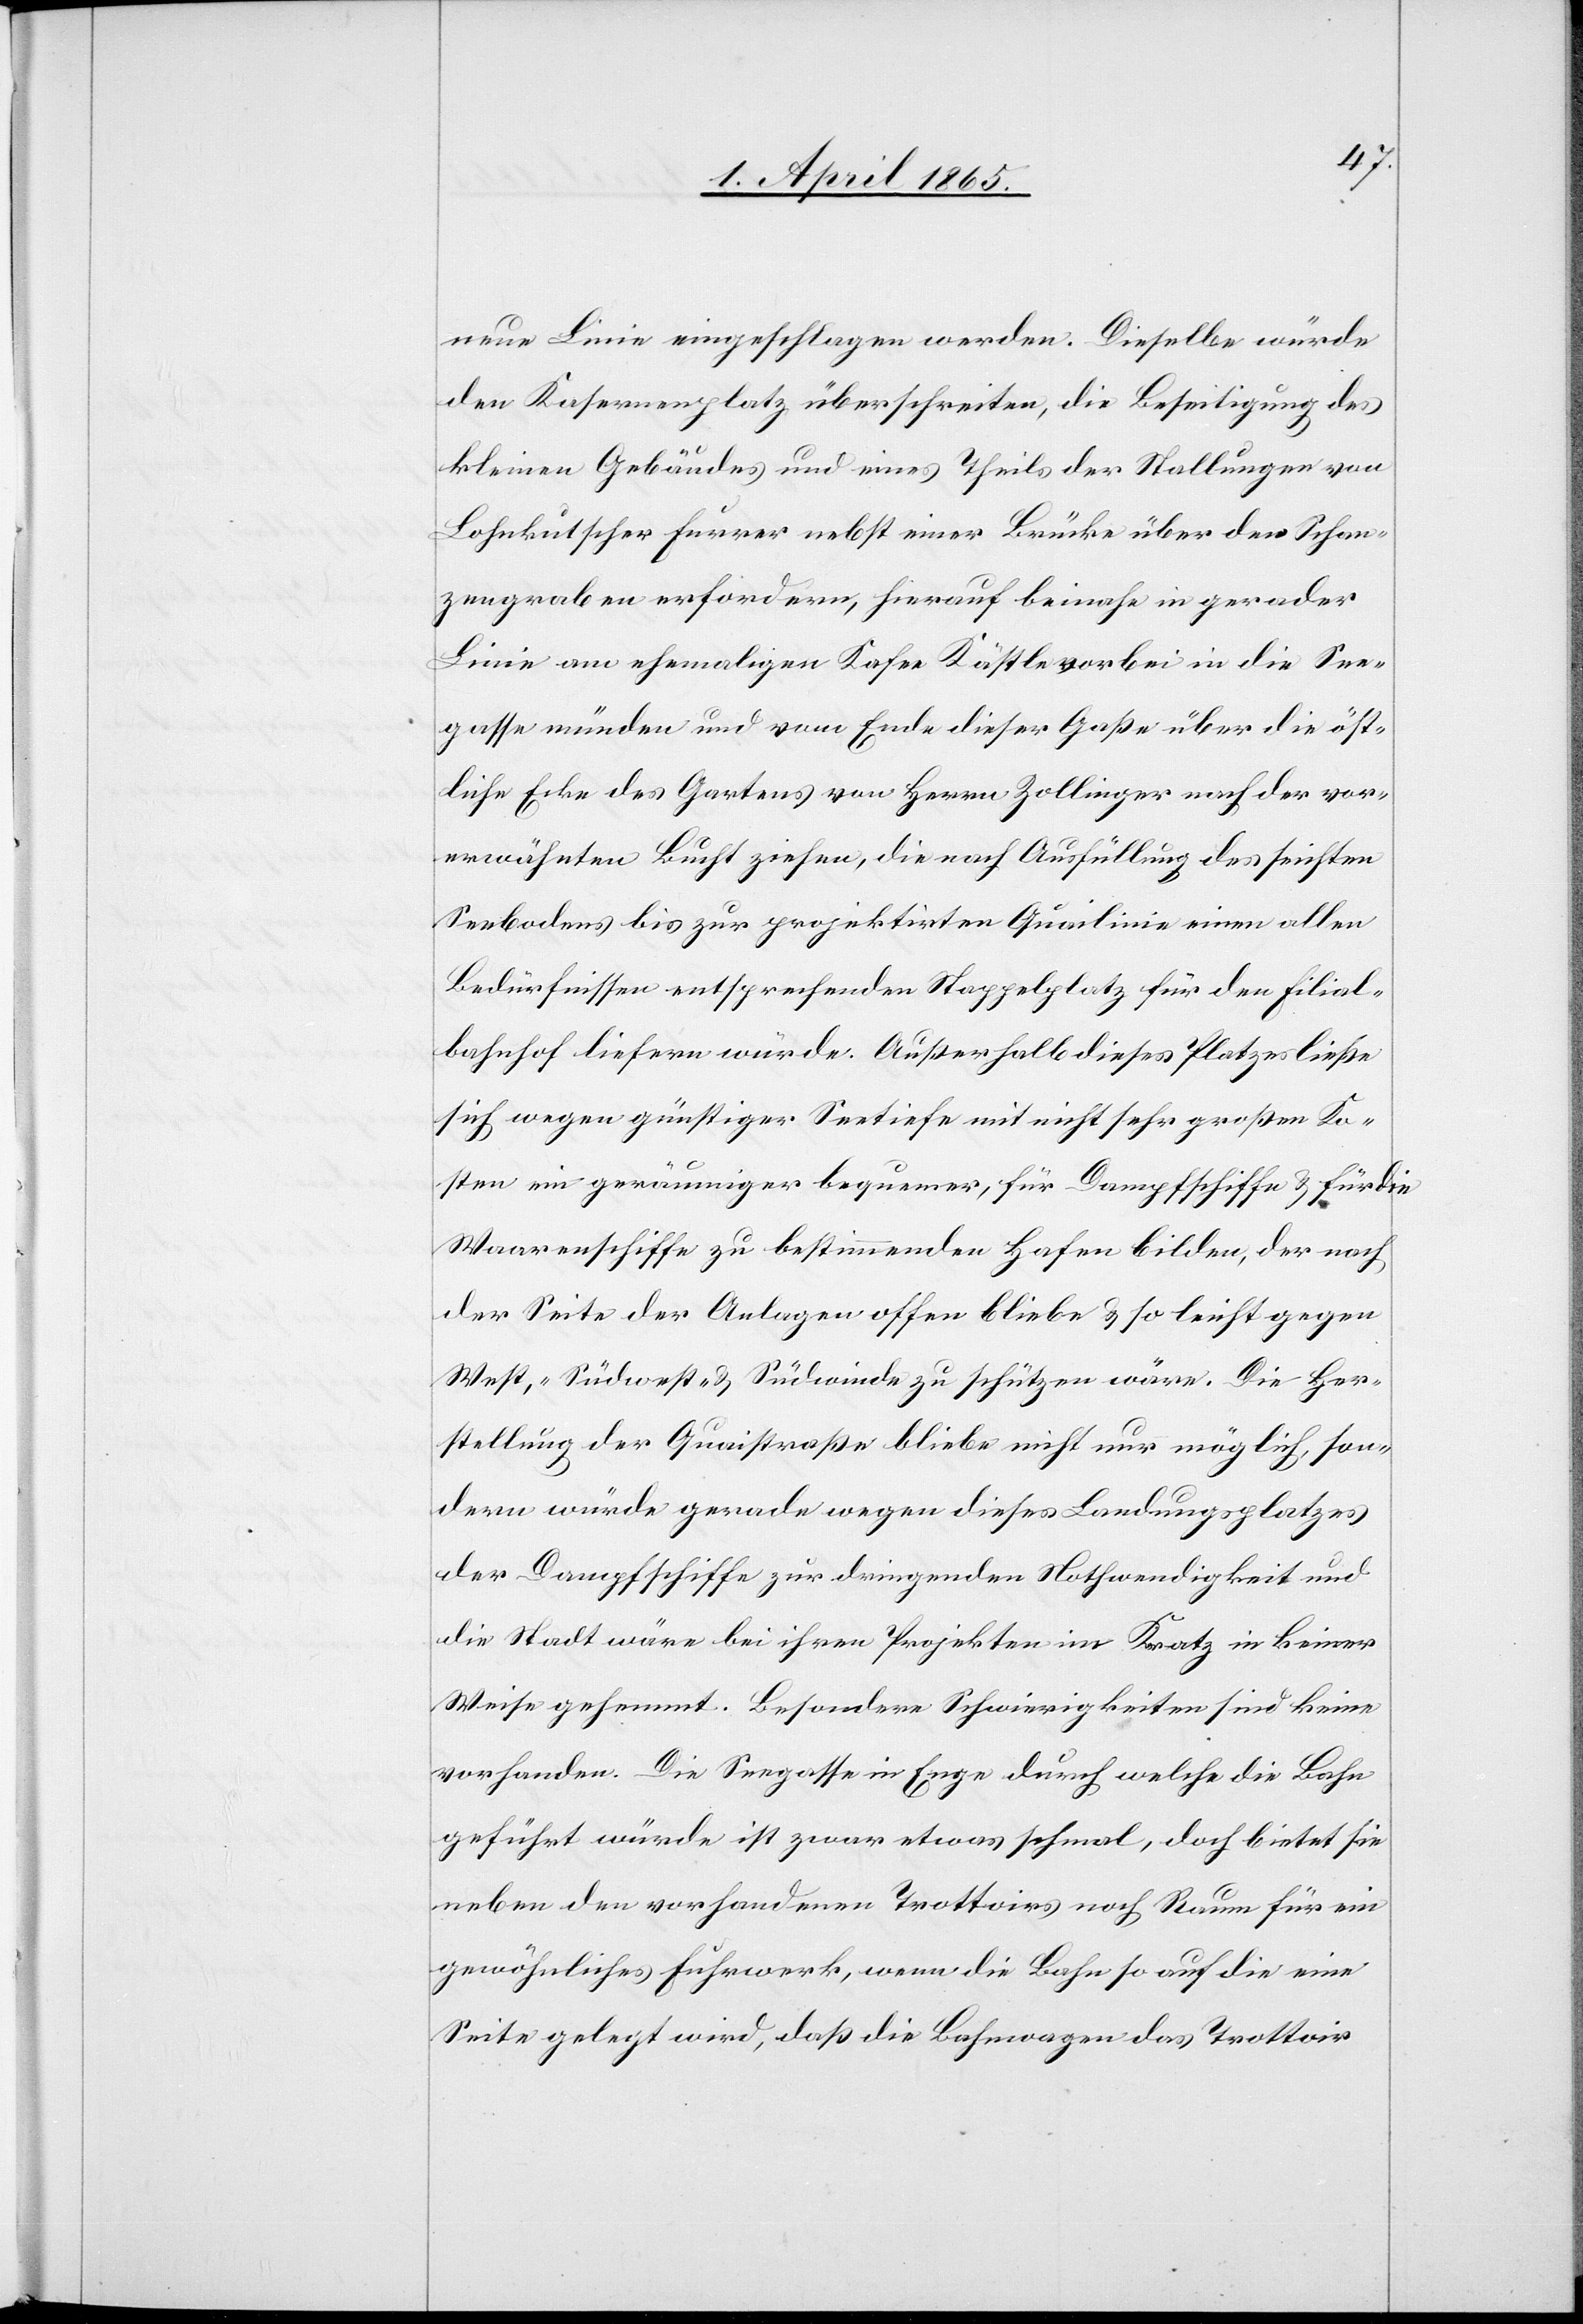
neue Linie eingeschlagen werden. Dieselbe würde
den Kasernenplatz überschreiten, die Beseitigung des
kleinen Gebäudes und eines Theils der Stallungen von
Lohnkutscher Furrer nebst einer Brücke über den Schan¬
zengraben erfordern, hierauf beinahe in gerader
Linie am ehemaligen Kafee Kästle vorbei in die See¬
gasse münden und vom Ende dieser Gaße über die öst¬
liche Ecke des Gartens von Herrn Zollinger nach der vor¬
erwähnten Bucht ziehen, die nach Ausfüllung des seichten
Seebodens bis zur projektirten Quailinie einen allen
Bedürfnissen entsprechenden Stappelplatz für den Filial¬
bahnhof liefern würde. Außerhalb dieses Platzes ließe
sich wegen günstiger Seetiefe mit nicht sehr großen Ko¬
sten ein geräumiger bequemer, für Dampfschiffe & für die
Waarenschiffe zu bestimmenden Hafen bilden, der nach
der Seite der Anlagen offen bliebe & so leicht gegen
West,- Südwest- & Südwinde zu schützen wäre. Die Her¬
stellung der Quaistraße bliebe nicht nur möglich, son¬
dern würde gerade wegen dieses Landungsplatzes
der Dampfschiffe zur dringenden Nothwendigkeit und
die Stadt wäre bei ihren Projekten im Kratz in keiner
Weise gehemmt. Besondere Schwierigkeiten sind keine
vorhanden. Die Seegasse in Enge durch welche die Bahn
geführt würde ist zwar etwas schmal, doch bietet sie
neben den vorhandenen Trottoirs noch Raum für ein
gewöhnliches Fuhrwerk, wenn die Bahn so auf die eine
Seite gelegt wird, daß die Bahnwagen das Trottoir